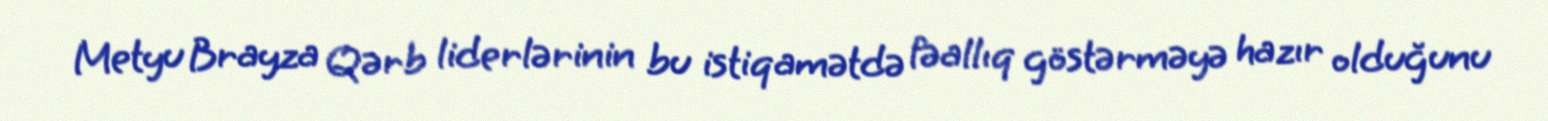
Metyu Brayza Qərb liderlərinin bu istiqamətdə fəallıq göstərməyə hazır olduğunu